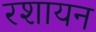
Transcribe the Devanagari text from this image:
रशायन